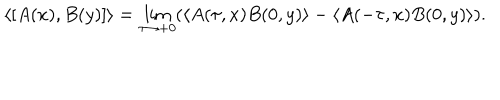
\left\langle \lbrack A ( x ) , B ( y ) ] \right\rangle = \lim _ { \tau \rightarrow + 0 } ( \left\langle A ( \tau , x ) B ( 0 , y ) \right\rangle - \left\langle A ( - \tau , x ) B ( 0 , y ) \right\rangle ) .